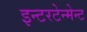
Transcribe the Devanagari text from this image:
इन्टरटेन्मेन्ट